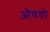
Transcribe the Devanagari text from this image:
औषधो